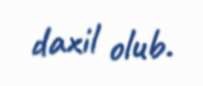
daxil olub.